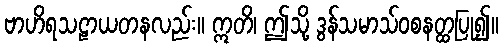
ဗာဟိရသဠာယတနလည်း။ ဣတိ၊ ဤသို့ ဒွန်သမာသ်ဝစနတ္ထပြု၍။